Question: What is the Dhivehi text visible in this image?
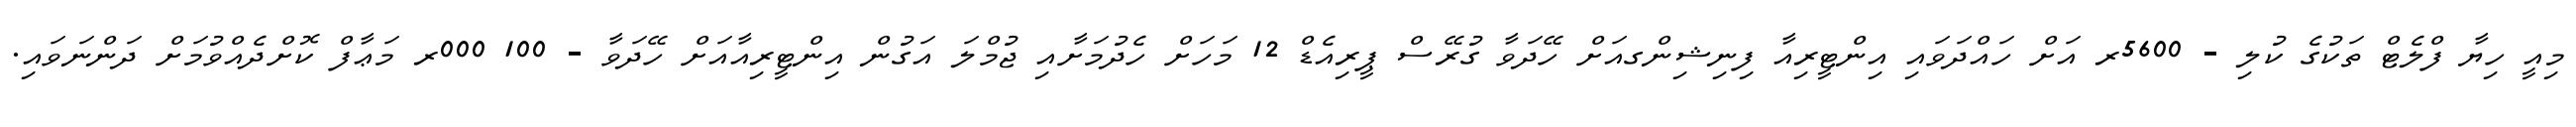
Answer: މިއީ ހިޔާ ފްލެޓް ތަކުގެ ކުލި - 5600ރ އަށް ހައްދަވައި އިންޓީރިއާ ފިނިޝިންގއަށް ހޭދަވާ ގުރޭސް ޕީރިއެޑް 12 މަހަށް ހެދުމަށާއި ޖުމްލަ އަގުން އިންޓީރިއާއަށް ހޭދަވާ - 100 000ރ މަޢާފް ކޮށްދެއްވުމަށް ދަންނަވައި.